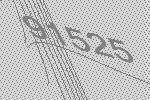
91525